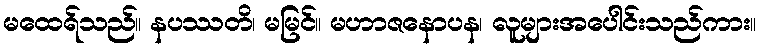
မထေရ်သည်။ နပဿတိ၊ မမြင်။ မဟာဇနောပန၊ လူများအပေါင်းသည်ကား။